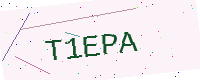
Text: T1EPA